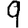
Digit: 9